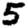
Digit: 5